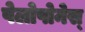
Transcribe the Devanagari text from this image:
पेलोपोनेस्